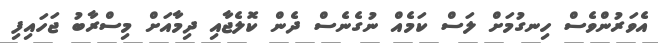
އެވަރުންވެސް ހިނގުމަށް ލަސް ކަމެއް ނުގެނެސް ދެން ކޮލެޖާއި ދިމާއަށް މިސްރާބު ޖަހައިފި